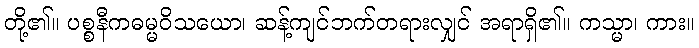
တို့၏။ ပစ္စနီကဓမ္မဝိသယော၊ ဆန့်ကျင်ဘက်တရားလျှင် အရာရှိ၏။ ကသ္မာ၊ ကား။